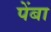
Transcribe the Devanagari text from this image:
पेंबा